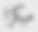
مبكرا